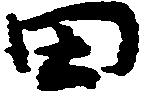
田